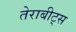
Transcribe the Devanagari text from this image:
तेराबीट्स